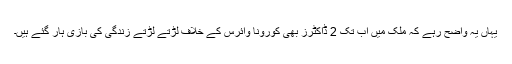
یہاں یہ واضح رہے کہ ملک میں اب تک 2 ڈاکٹرز بھی کورونا وائرس کے خلاف لڑتے لڑتے زندگی کی بازی ہار گئے ہیں۔